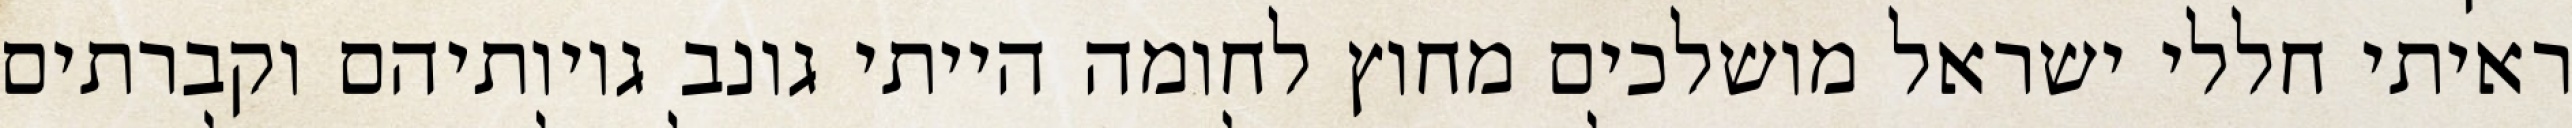
ראיתי חללי ישראל מושלכים מחוץ לחומה הייתי גונב גויותיהם וקברתים